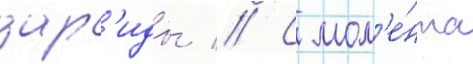
дар'иды // С мом'е́нта